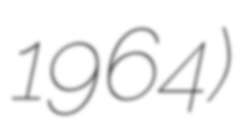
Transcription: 1964)